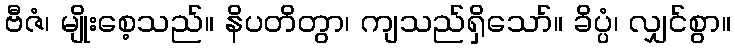
ဗီဇံ၊ မျိုးစေ့သည်။ နိပတိတွာ၊ ကျသည်ရှိသော်။ ခိပ္ပံ၊ လျှင်စွာ။